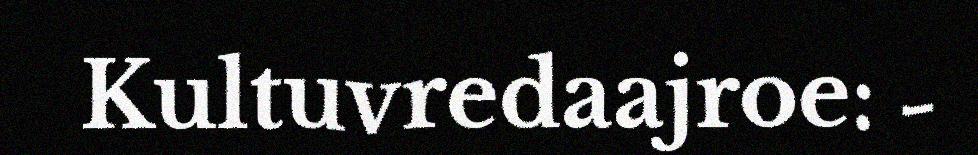
Kultuvredaajroe: -